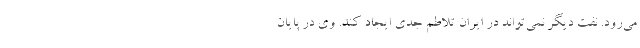
می‌رود. نفت دیگر نمی‌تواند در ایران تلاطم جدی ایجاد کند. وی در پایان